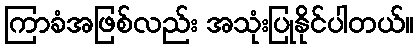
ကြာခံအဖြစ်လည်း အသုံးပြုနိုင်ပါတယ်။